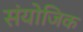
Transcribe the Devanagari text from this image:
संयोजिक